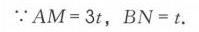
\(\because AM = 3t\)，\(BN = t\).